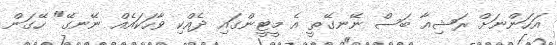
އަހަންނަށް ރަޝިއާ ބަސް ނޭނގޭތީ އެ މީޓީންގައި ދެއްކި ވާހަކައެއް ނޭނގޭ" ހޭގަން